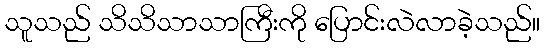
သူသည် သိသိသာသာကြီးကို ပြောင်းလဲလာခဲ့သည်။